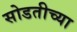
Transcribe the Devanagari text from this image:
सोडतीच्या